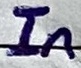
Text: In